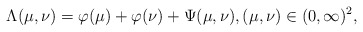
\begin{align*} \Lambda(\mu,\nu)=\varphi(\mu)+\varphi(\nu)+\Psi(\mu,\nu),(\mu,\nu)\in(0,\infty)^{2},\end{align*}